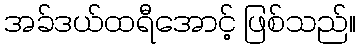
အခ်ဒယ်ထရီအောင့် ဖြစ်သည်။